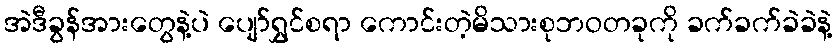
အဲဒီခွန်အားတွေနဲ့ပဲ ပျော်ရွှင်စရာ ကောင်းတဲ့မိသားစုဘဝတခုကို ခက်ခက်ခဲခဲနဲ့